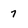
Character: 7